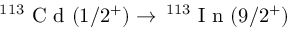
^ { 1 1 3 } \textrm { C d } ( 1 / 2 ^ { + } ) \to \, ^ { 1 1 3 } \textrm { I n } ( 9 / 2 ^ { + } )